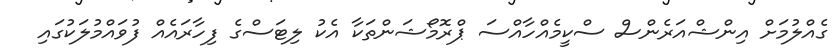
ގެއްލުމަށް އިންޝްއަރެންސް ސްކީމެއްހާއްސަ ޕްރޮމޯޝަންތަކާ އެކު ލިޓަސްގެ ފިހާރައެއް ފުވައްމުލަކުގައި